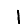
Digit: 1